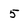
Character: 5